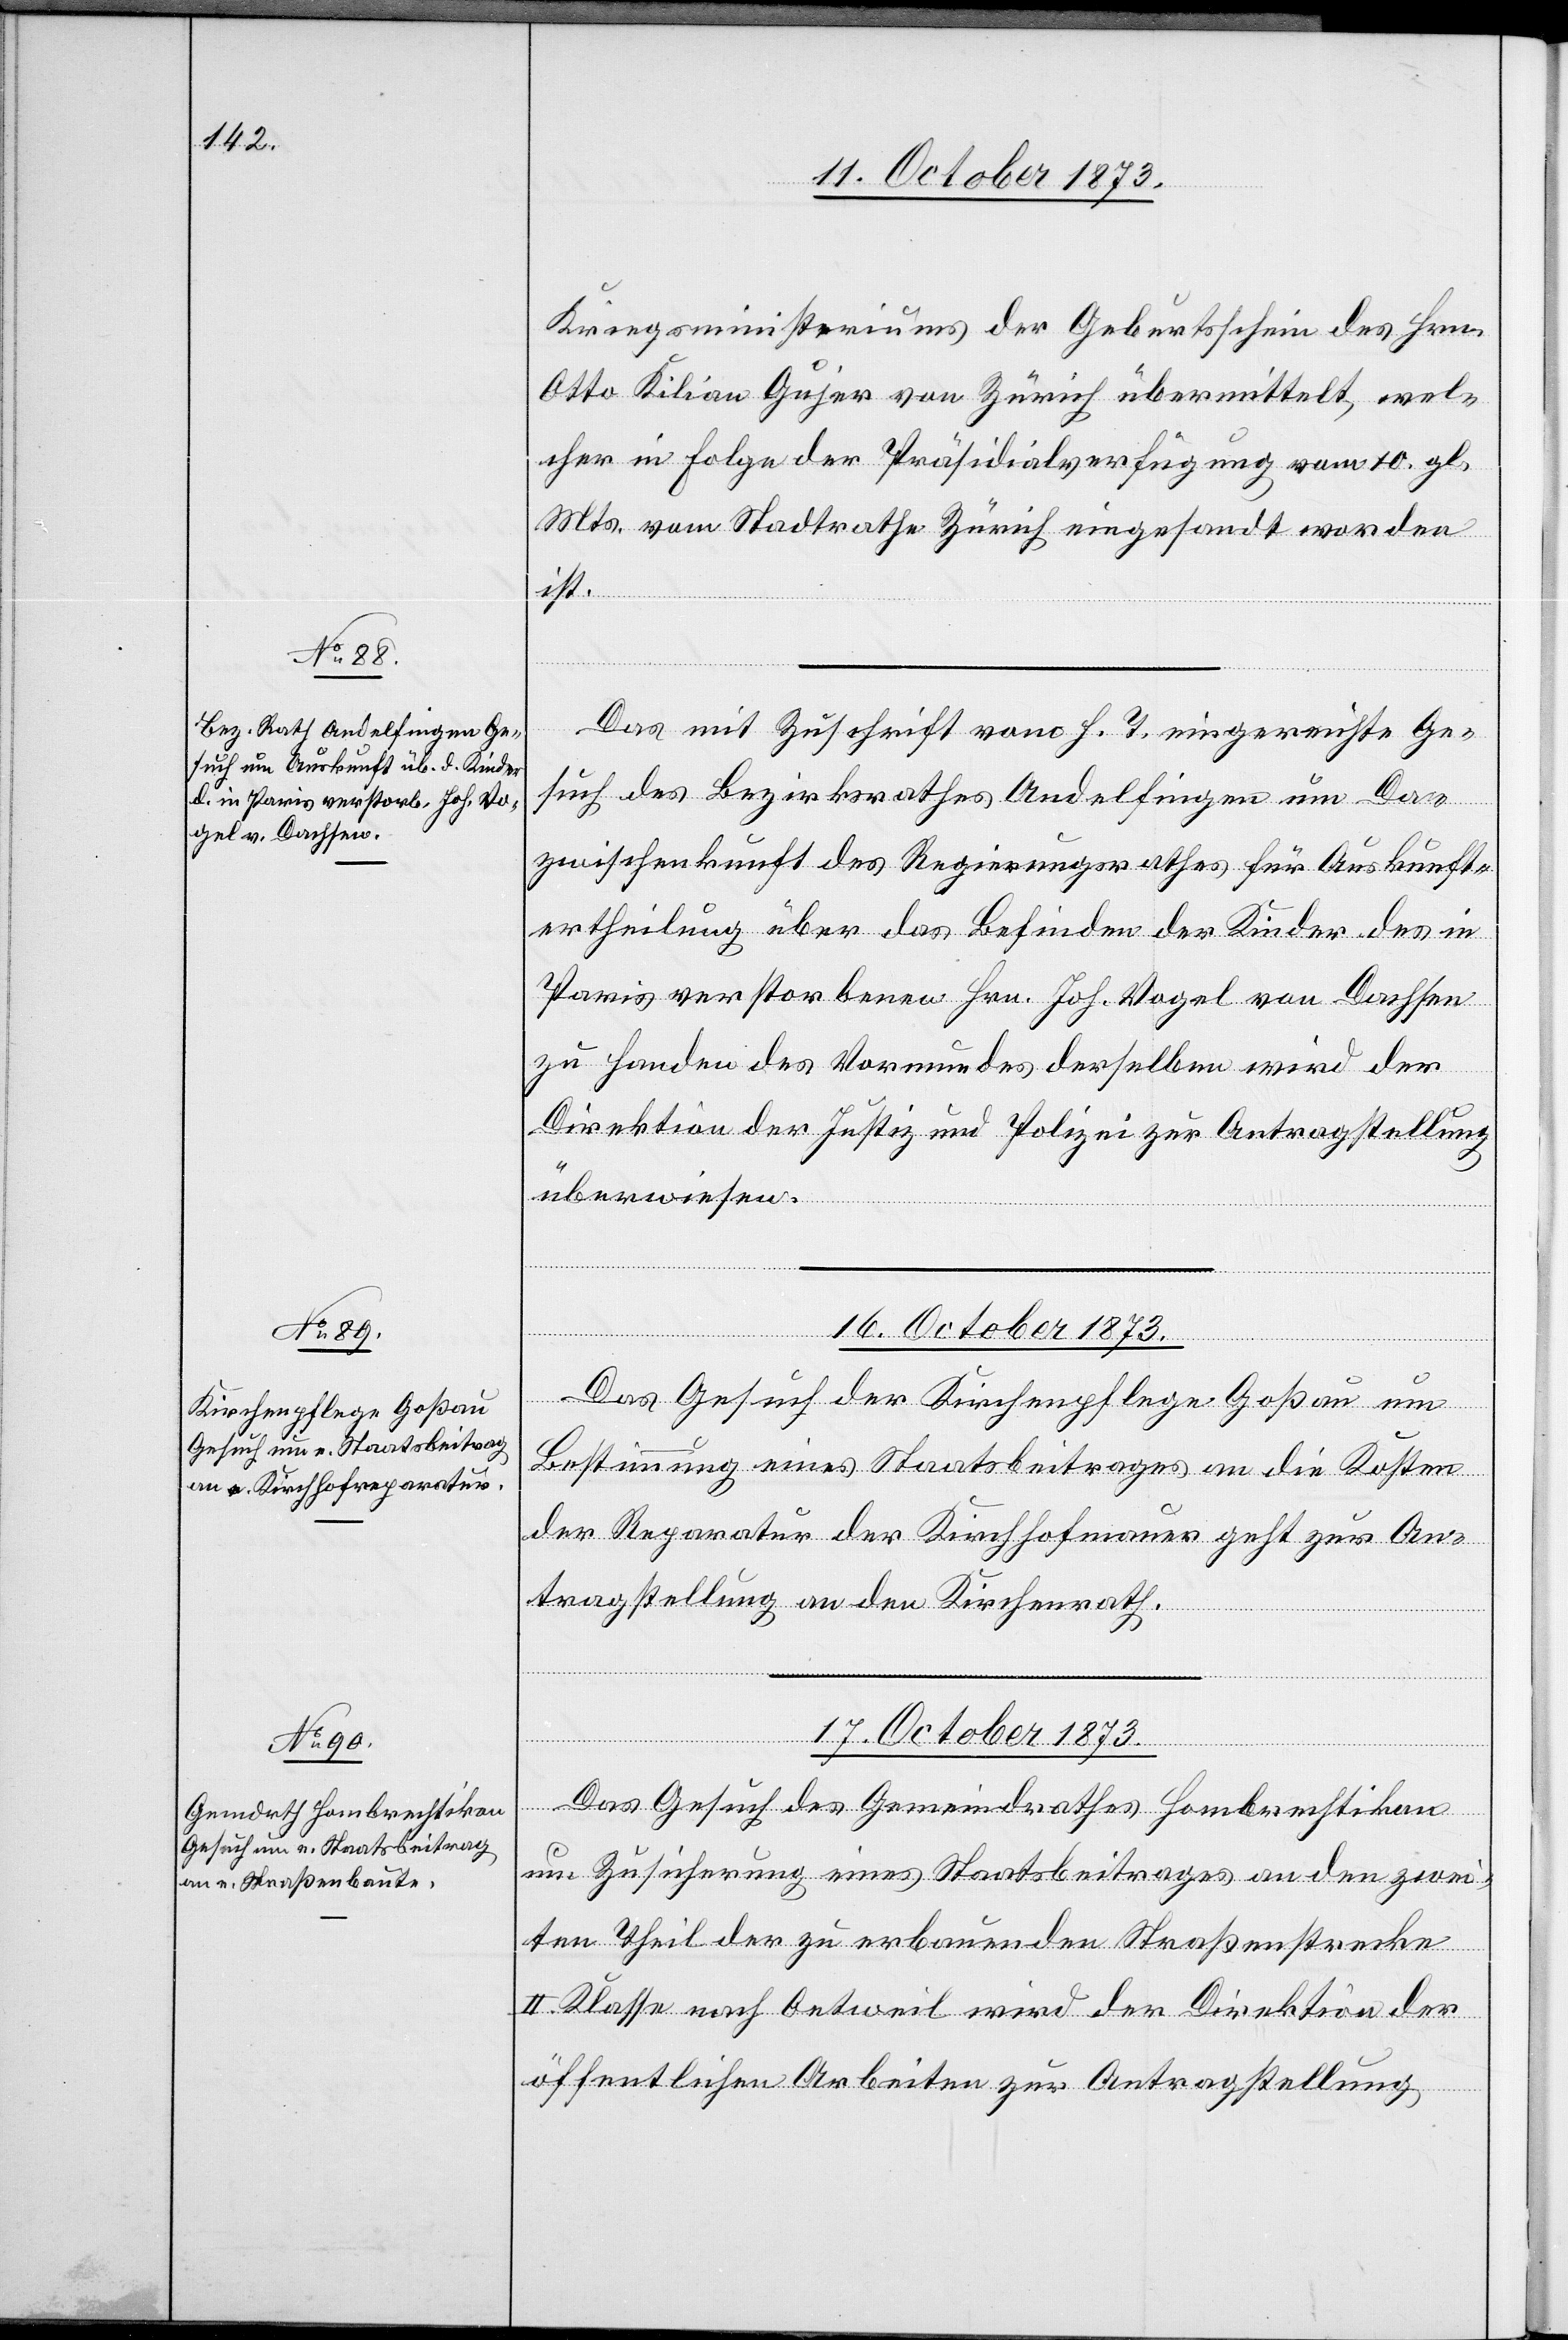
Kriegsministeriums der Geburtsschein des Hrn.
Otto Kilian Gujer von Zürich übermittelt, wel¬
cher in Folge der Präsidialverfügung vom 10. gl.
Mts. vom Stadtrathe Zürich eingesandt worden
ist.
Das mit Zuschrift vom h. T. eingereichte Ge¬
such des Bezirksrathes Andelfingen um Da¬
zwischenkunft des Regierungsrathes für Auskunft¬
ertheilung über das Befinden der Kinder des in
Paris verstorbenen Hrn. Joh. Vogel von Dachsen
zu Handen des Vormundes derselben wird der
Direktion der Justiz und Polizei zur Antragstellung
überwiesen.
16. October 1873.
Das Gesuch der Kirchenpflege Goßau um
Bestimmung eines Staatsbeitrages an die Kosten
der Reparatur der Kirchhofmauer geht zur An¬
tragstellung an den Kirchenrath.
17. October 1873.
Das Gesuch des Gemeindrathes Hombrechtikon
um Zusicherung eines Staatsbeitrages an den zwei¬
ten Theil der zu erbauenden Straßenstrecke
II. Klasse nach Oetweil wird der Direktion der
öffentlichen Arbeiten zur Antragstellung